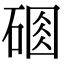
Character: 𥔆